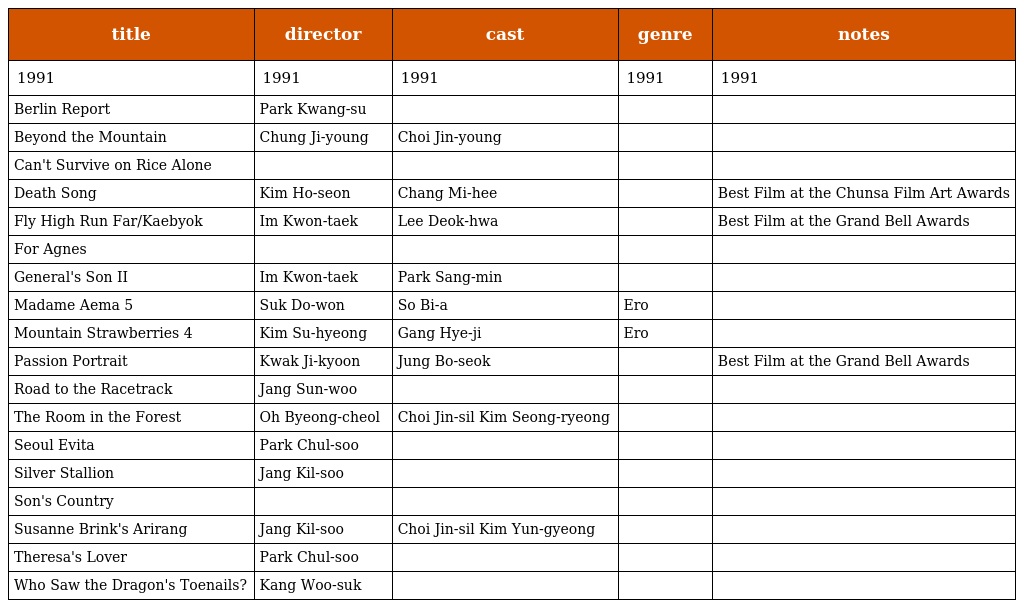
| title | director | cast | genre | notes |
 | --- | --- | --- | --- | --- |
 | 1991 | 1991 | 1991 | 1991 | 1991 |
 | Berlin Report | Park Kwang-su |  |  |  |
 | Beyond the Mountain | Chung Ji-young | Choi Jin-young |  |  |
 | Can't Survive on Rice Alone |  |  |  |  |
 | Death Song | Kim Ho-seon | Chang Mi-hee |  | Best Film at the Chunsa Film Art Awards |
 | Fly High Run Far/Kaebyok | Im Kwon-taek | Lee Deok-hwa |  | Best Film at the Grand Bell Awards |
 | For Agnes |  |  |  |  |
 | General's Son II | Im Kwon-taek | Park Sang-min |  |  |
 | Madame Aema 5 | Suk Do-won | So Bi-a | Ero |  |
 | Mountain Strawberries 4 | Kim Su-hyeong | Gang Hye-ji | Ero |  |
 | Passion Portrait | Kwak Ji-kyoon | Jung Bo-seok |  | Best Film at the Grand Bell Awards |
 | Road to the Racetrack | Jang Sun-woo |  |  |  |
 | The Room in the Forest 숲속의 방 | Oh Byeong-cheol | Choi Jin-sil Kim Seong-ryeong |  |  |
 | Seoul Evita | Park Chul-soo |  |  |  |
 | Silver Stallion | Jang Kil-soo |  |  |  |
 | Son's Country |  |  |  |  |
 | Susanne Brink's Arirang 수잔 브링크의 아리랑 | Jang Kil-soo | Choi Jin-sil Kim Yun-gyeong |  |  |
 | Theresa's Lover | Park Chul-soo |  |  |  |
 | Who Saw the Dragon's Toenails? | Kang Woo-suk |  |  |  |